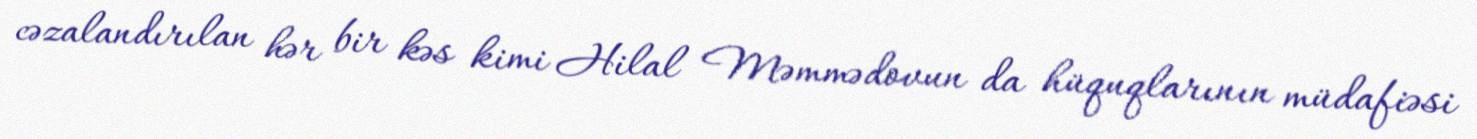
cəzalandırılan hər bir kəs kimi Hilal Məmmədovun da hüquqlarının müdafiəsi